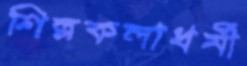
শিল্পকলাধর্মী